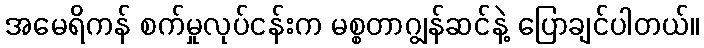
အမေရိကန် စက်မှုလုပ်ငန်းက မစ္စတာဂျွန်ဆင်နဲ့ ပြောချင်ပါတယ်။